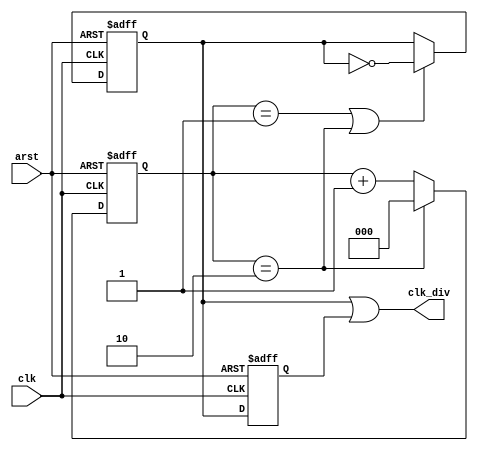
module lianxi04_3(
    input clk,
    input arst,
    output clk_div
    );   
parameter N = 3;
reg [2:0] cnt;
reg clk_a;
reg clk_b;
wire clk_c;
 
always@(posedge clk or negedge arst)
begin
    if(arst == 1'b0)
        cnt <= 0;
    else if(cnt == N-1)
        cnt <= 0;
    else
        cnt <= cnt + 1;    
end
 
always@(posedge clk or negedge arst)
begin
    if(arst == 1'b0)
        clk_a<= 0;
    else if(cnt == (N-1)/2 || cnt == N-1)
        clk_a<= ~clk_a;
    else
        clk_a<= clk_a;    
end
 
/*****************??1**********************/
always@(negedge clk or negedge arst)
begin
    if(arst == 1'b0)
        clk_b <= 0;
    else 
        clk_b <= clk_a;
end
/******************??2********************/
//always@(negedge clk or posedge arst)
//begin
//    if(arst)
//        clk_b<= 0;
//    else if(cnt == (N-1)/2 || cnt == N-1)
//        clk_b<= ~clk_b;
//    else
//        clk_b<= clk_b;    
//end
/*********************************************/
 
assign clk_c = clk_a | clk_b;
//N[0]=1???????
assign clk_div = N[0] ? clk_c : clk_a;
 
endmodule